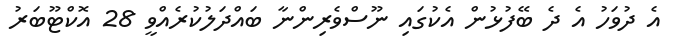
އެ ދުވަހު އެ ދެ ބޭފުޅުން އެކުގައި ނޫސްވެރިންނާ ބައްދަލުކުރެއްވީ 28 އޮކްޓޫބަރު